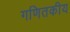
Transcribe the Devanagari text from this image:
गणितकीय